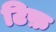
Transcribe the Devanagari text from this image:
टिफ़